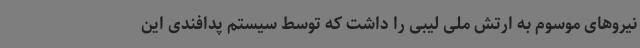
نیروهای موسوم به ارتش ملی لیبی را داشت که توسط سیستم پدافندی این